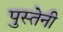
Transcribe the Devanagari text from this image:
पुस्तेनी